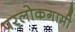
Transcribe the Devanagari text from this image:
परलोकगामी